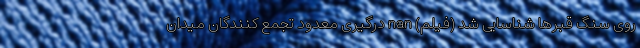
روی سنگ قبرها شناسایی شد (فیلم) nan درگیری معدود تجمع کنندگان میدان